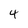
Character: 4